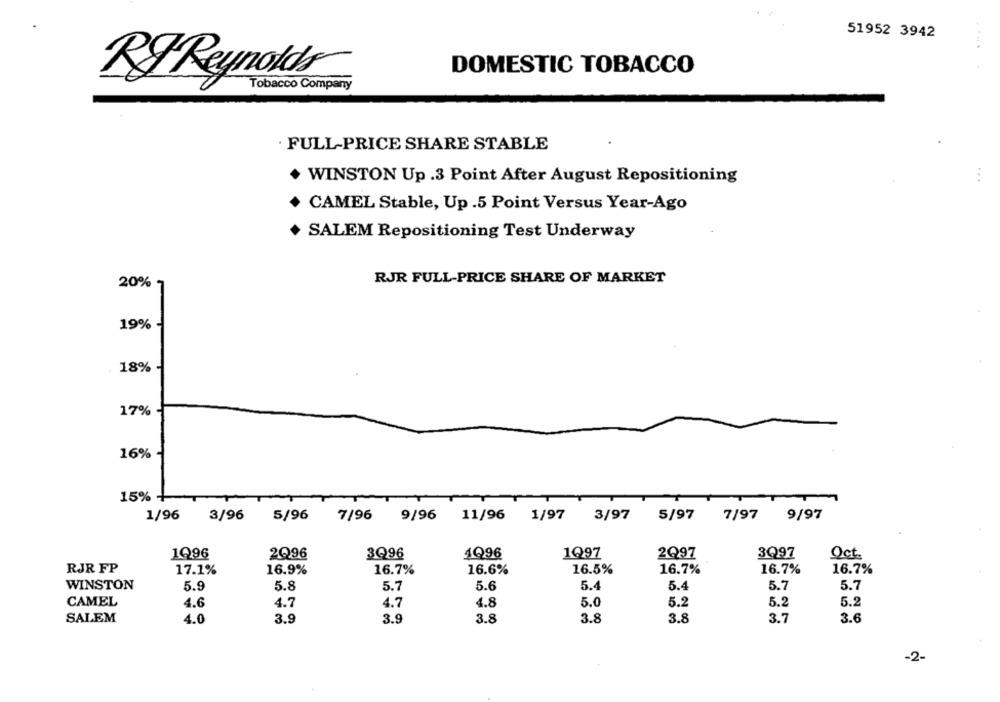
51952 3942
. ....
DOMESTIC TOBACCO
RYReynolds
Tobacco Company
· FULL-PRICE SHARE STABLE
WINSTON Up .3 Point After August Repositioning
...
CAMEL Stable, Up .5 Point Versus Year-Ago
SALEM Repositioning Test Underway
RJR FULL-PRICE SHARE OF MARKET
20%
19%
. 18%
17%
16%
15% -
1/96
3/96
5/96
7/96
9/96
11/96
1/97
3/97
5/97
7/97 9/97
1Q96
2Q96
3Q96
4Q96
1Q97
2Q97
3Q97
Oct.
RJR FP
17.1%
16.9%
16.7%
16.6%
16.5%
16.7%
16.7%
16.7%
WINSTON
5.9
5.8
5.7
5.6
5.4
5.4
5.7
5.7
CAMEL
4.8
5.0
5.2
5.2
5.2
4.6
4.7
4.7
3.9
3.7
SALEM
4.0
3.9
3.8
3.8
3.8
3.6
-2-